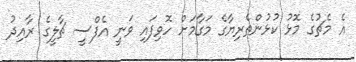
އެ މެޗުގެ މޮޅު ކުޅުންތެރިޔާގެ މަގާމަށް ހޮވިފައި ވަނީ އެފްސީ ޗާލީގެ ރާއިދު